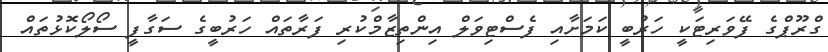
ގްރޫޕްގެ ފޭވަރިޓަކީ ހަރުބީ ކަމަށާއި ފެސްޓިވަލް އިންތިޒާމްކުރި ފަރާތައް ހަރުބީގެ ސަގާފީ ސޯލޯކޮޅުތައް